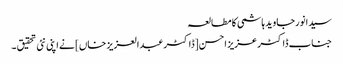
سیدانورجاوید ہاشمی کا مطالعہ
جناب ڈاکٹر عزیز احسن [ڈاکٹرعبدالعزیز خاں] نے اپنی نئی تحقیق ۔